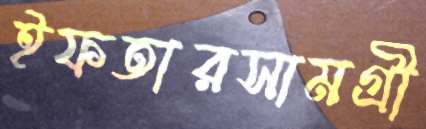
ইফতারসামগ্রী